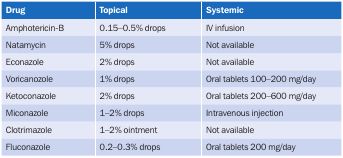
| Drug | Topical | Systemic |
 | --- | --- | --- |
 | Amphotericin-B | 0.15-0.5% drops | IV infusion |
 | Natamycin | 5% drops | Not available |
 | Econazole | 2% drops | Not available |
 | Voricanozole | 1% drops | Oral tablets 100–200 mg/day |
 | Ketoconazole | 2% drops | Oral tablets 200–600 mg/day |
 | Miconazole | 1-2% drops | Intravenous injection |
 | Clotrimazole | 1-2% ointment | Not available |
 | Fluconazole | 0.2-0.3% drops | Oral tablets 200 mg/day |